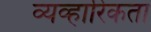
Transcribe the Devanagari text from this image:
व्यव्हारिकता